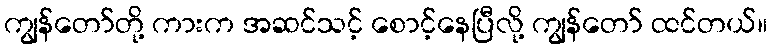
ကျွန်တော်တို့ ကားက အဆင်သင့် စောင့်နေပြီလို့ ကျွန်တော် ထင်တယ်။